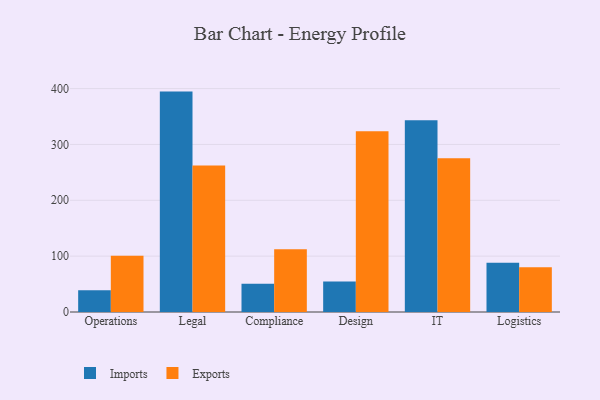
{"axis": {"x": "Department", "y": "Backlog"}, "legend": ["Exports", "Imports"], "data": [{"x": "Operations", "y": 39.0, "type": "Imports"}, {"x": "Operations", "y": 100.7, "type": "Exports"}, {"x": "Legal", "y": 394.6, "type": "Imports"}, {"x": "Legal", "y": 262.2, "type": "Exports"}, {"x": "Compliance", "y": 50.8, "type": "Imports"}, {"x": "Compliance", "y": 112.2, "type": "Exports"}, {"x": "Design", "y": 54.5, "type": "Imports"}, {"x": "Design", "y": 323.5, "type": "Exports"}, {"x": "IT", "y": 343.2, "type": "Imports"}, {"x": "IT", "y": 275.1, "type": "Exports"}, {"x": "Logistics", "y": 88.4, "type": "Imports"}, {"x": "Logistics", "y": 80.1, "type": "Exports"}]}